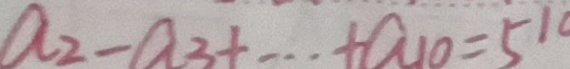
a _ { 2 } - a _ { 3 } + \cdots + a _ { 1 0 } = 5 ^ { 1 0 }